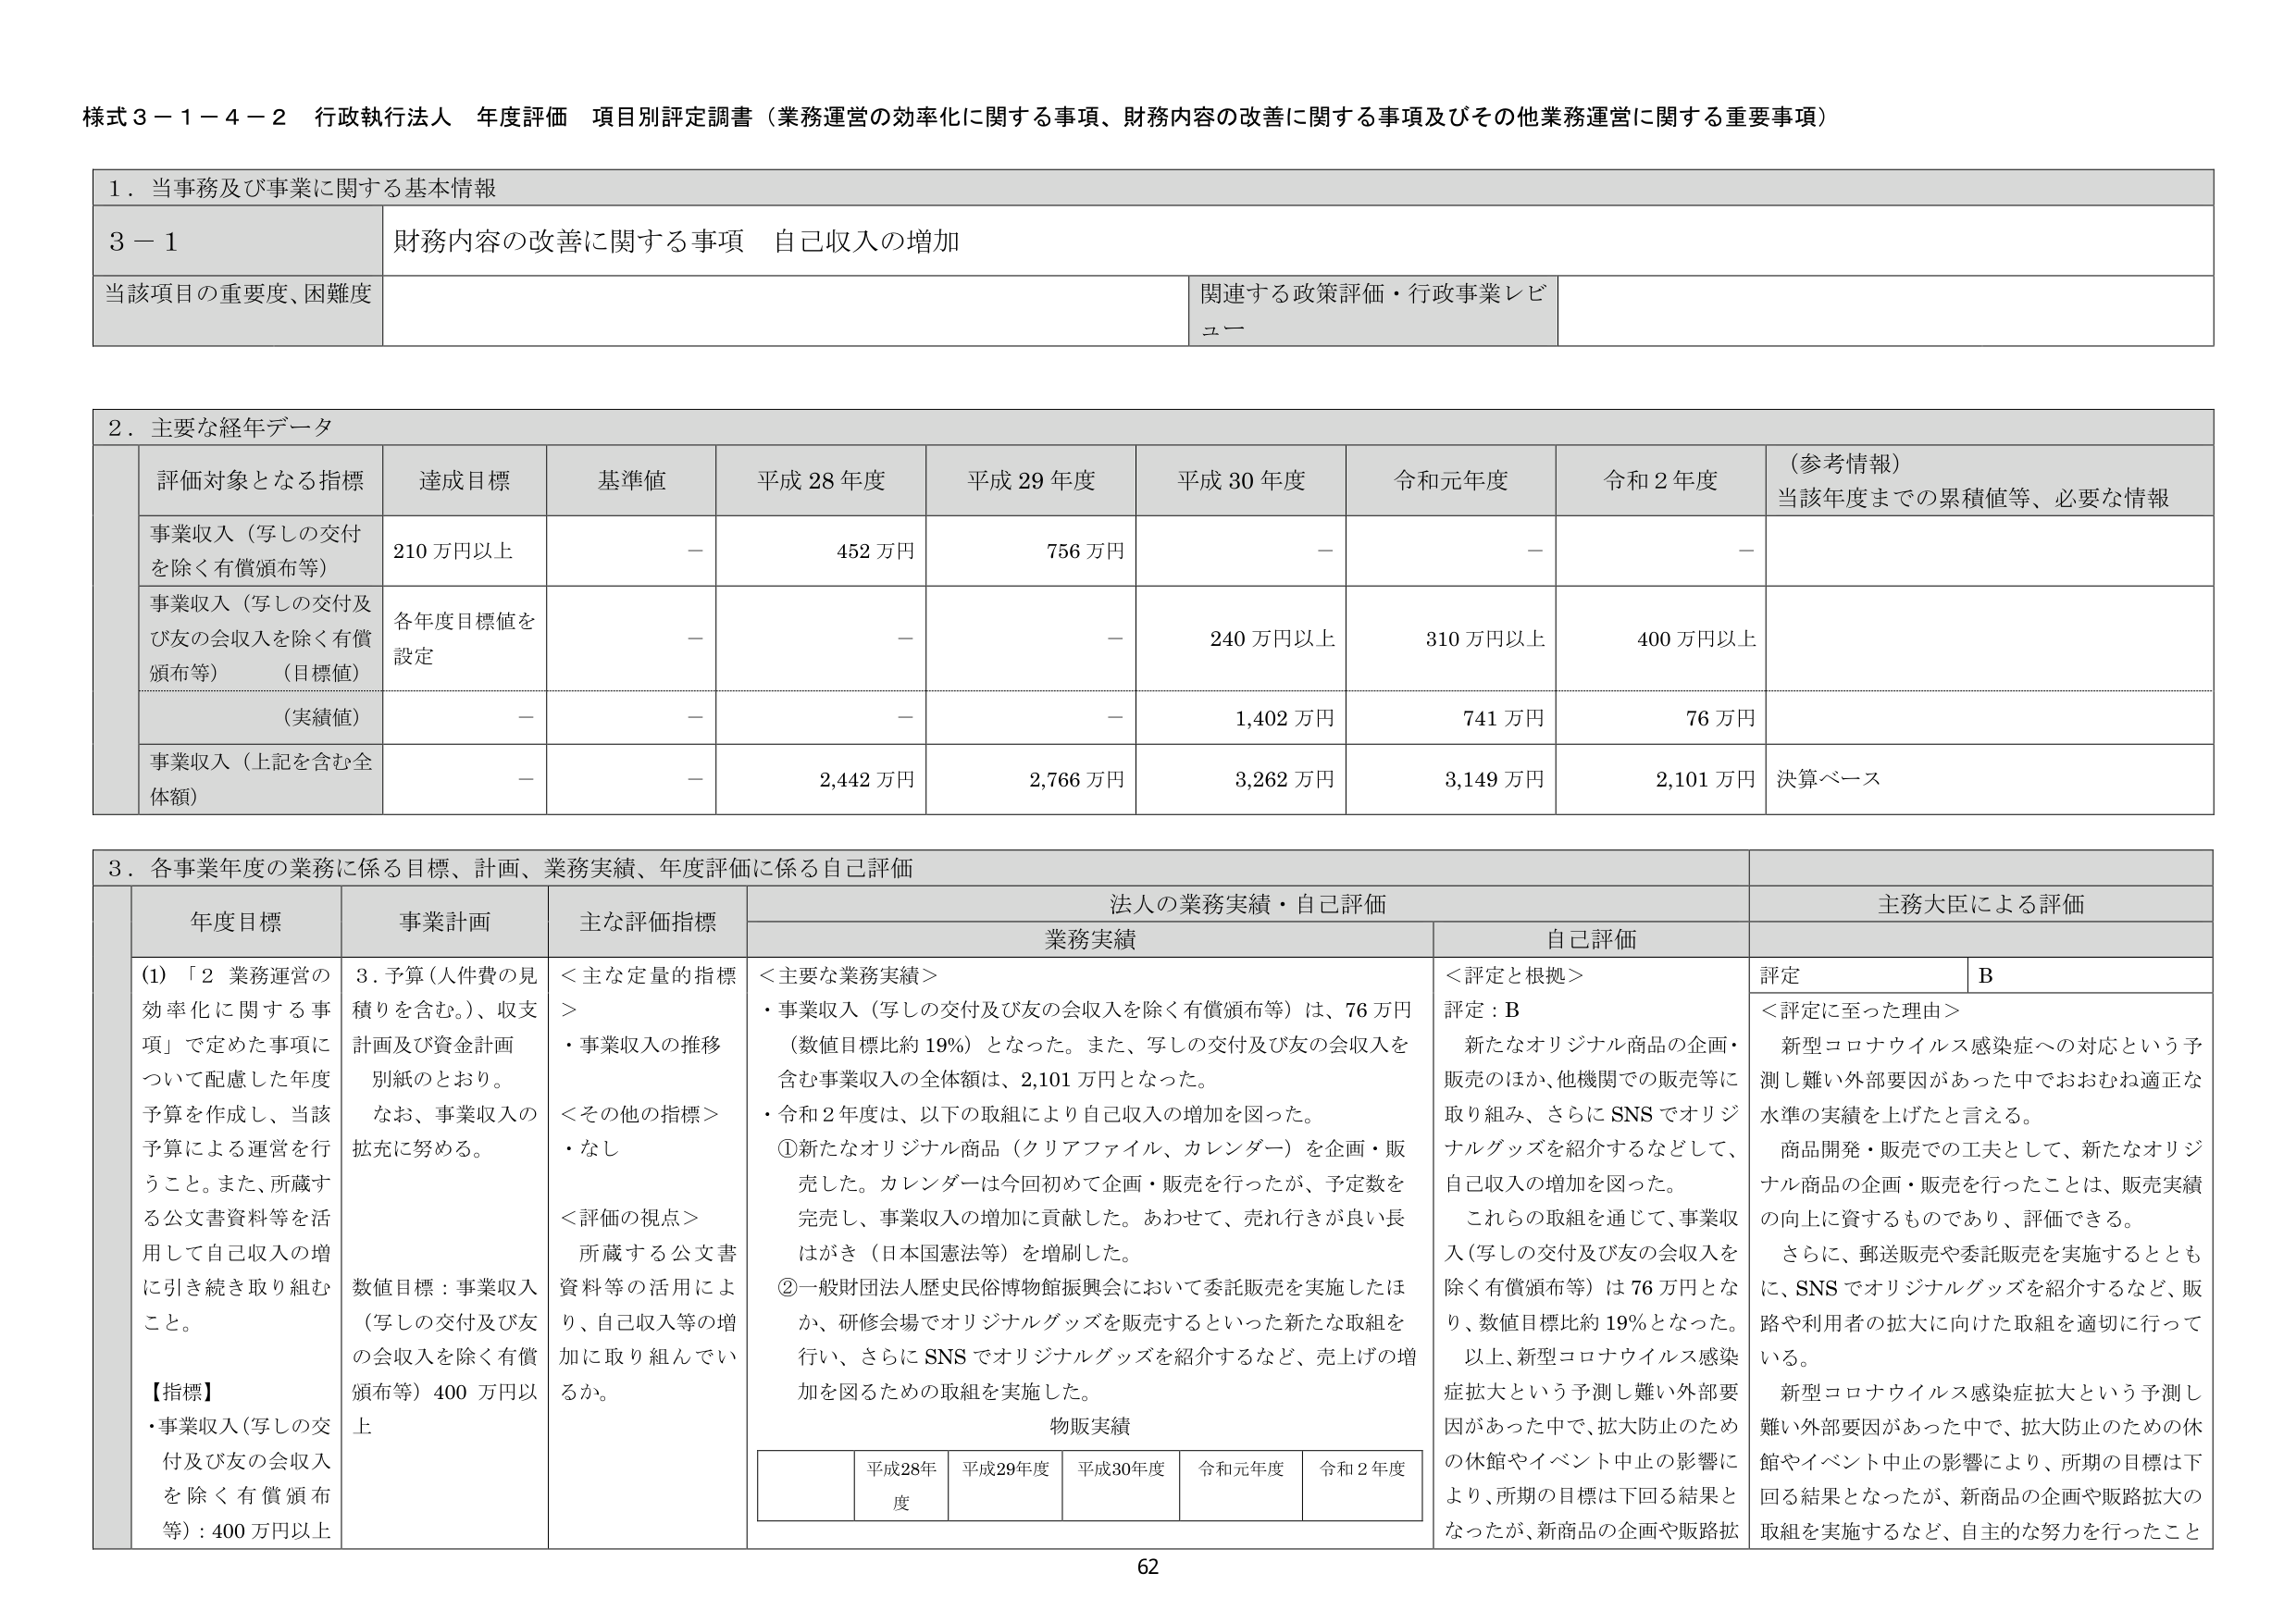
様式３－１－４－２ 行政執行法人 年度評価 項目別評定調書（業務運営の効率化に関する事項、財務内容の改善に関する事項及びその他業務運営に関する重要事項）

１．当事務及び事業に関する基本情報

３－１ 財務内容の改善に関する事項 自己収入の増加

当該項目の重要度、困難度 関連する政策評価・行政事業レビュー

２．主要な経年データ

評価対象となる指標 達成目標 基準値 平成28年度 平成29年度 平成30年度 令和元年度 令和2年度 （参考情報）当該年度までの累積値等、必要な情報

事業収入（写しの交付を除く有償頒布等） 210万円以上 － 452万円 756万円 － － －

事業収入（写しの交付及び友の会収入を除く有償頒布等）（目標値） 各年度目標値を設定 － － － 240万円以上 310万円以上 400万円以上

（実績値） － － － － 1,402万円 741万円 76万円

事業収入（上記を含む全体額） － － 2,442万円 2,766万円 3,262万円 3,149万円 2,101万円 決算ベース

３．各事業年度の業務に係る目標、計画、業務実績、年度評価に係る自己評価

年度目標 事業計画 主な評価指標 法人の業務実績・自己評価 主務大臣による評価

業務実績 自己評価

（1）「２ 業務運営の効率化に関する事項」で定めた事項について配慮した年度予算を作成し、当該予算による運営を行うこと。また、所蔵する公文書資料等を活用して自己収入の増に引き続き取り組むこと。

【指標】
・事業収入（写しの交付及び友の会収入を除く有償頒布等）：400万円以上

3．予算（人件費の見積りを含む。）、収支計画及び資金計画別紙のとおり。
なお、事業収入の拡充に努める。

数値目標：事業収入（写しの交付及び友の会収入を除く有償頒布等）400万円以上

＜主な定量的指標＞
・事業収入の推移

＜その他の指標＞
・なし

＜評価の視点＞
所蔵する公文書資料等の活用により、自己収入等の増加に取り組んでい るか。

＜主要な業務実績＞
・事業収入（写しの交付及び友の会収入を除く有償頒布等）は、76万円（数値目標比約19%）となった。また、写しの交付及び友の会収入を含む事業収入の全体額は、2,101万円となった。
・令和2年度は、以下の取組により自己収入の増加を図った。
①新たなオリジナル商品（クリアファイル、カレンダー）を企画・販売した。カレンダーは今回初めて企画・販売を行ったが、予定数を完売し、事業収入の増加に貢献した。あわせて、売れ行きが良い長はがき（日本国憲法等）を増刷した。
②一般財団法人歴史民俗博物館振興会において委託販売を実施したほか、研修会場でオリジナルグッズを販売するといった新たな取組を行い、さらにSNSでオリジナルグッズを紹介するなど、売上げの増加を図るための取組を実施した。

物販実績
平成28年度 平成29年度 平成30年度 令和元年度 令和2年度

＜評定と根拠＞
評定：B
新たなオリジナル商品の企画・販売のほか、他機関での販売等に取り組み、さらにSNSでオリジナルグッズを紹介するなどして、自己収入の増加を図った。
これらの取組を通じて、事業収入（写しの交付及び友の会収入を除く有償頒布等）は76万円となり、数値目標比約19%となった。
以上、新型コロナウイルス感染症拡大という予測し難い外部要因があった中で、拡大防止のための休館やイベント中止の影響により、所期の目標は下回る結果となったが、新商品の企画や販路拡

評定 B
＜評定に至った理由＞
新型コロナウイルス感染症への対応という予測し難い外部要因があった中でおおむね適正な水準の実績を上げたと言える。
商品開発・販売での工夫として、新たなオリジナル商品の企画・販売を行ったことは、販売実績の向上に資するものであり、評価できる。
さらに、郵送販売や委託販売を実施するとともに、SNSでオリジナルグッズを紹介するなど、販路や利用者の拡大に向けた取組を適切に行っている。
新型コロナウイルス感染症拡大という予測し難い外部要因があった中で、拡大防止のための休館やイベント中止の影響により、所期の目標は下回る結果となったが、新商品の企画や販路拡大の取組を実施するなど、自主的な努力を行ったこと

62